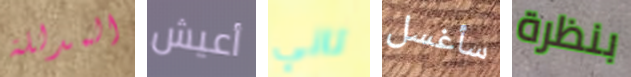
المدللة أعيش تاني سأغسل بنظرة